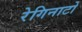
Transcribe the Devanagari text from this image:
रेगिनाटो